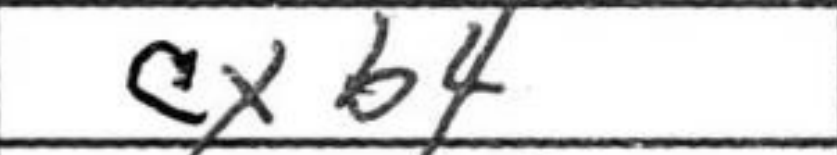
Transcription: cxb4